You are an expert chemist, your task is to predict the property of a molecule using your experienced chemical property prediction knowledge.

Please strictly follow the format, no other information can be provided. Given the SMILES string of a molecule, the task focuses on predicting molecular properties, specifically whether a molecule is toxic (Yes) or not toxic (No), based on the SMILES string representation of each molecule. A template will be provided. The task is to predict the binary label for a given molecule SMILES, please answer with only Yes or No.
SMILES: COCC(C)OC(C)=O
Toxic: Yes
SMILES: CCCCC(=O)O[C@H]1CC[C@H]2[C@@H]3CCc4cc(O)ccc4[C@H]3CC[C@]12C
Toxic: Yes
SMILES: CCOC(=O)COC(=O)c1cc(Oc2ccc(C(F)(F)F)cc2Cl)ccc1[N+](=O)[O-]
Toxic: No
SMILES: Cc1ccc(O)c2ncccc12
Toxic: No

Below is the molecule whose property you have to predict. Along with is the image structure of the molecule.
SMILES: COc1ccccc1O
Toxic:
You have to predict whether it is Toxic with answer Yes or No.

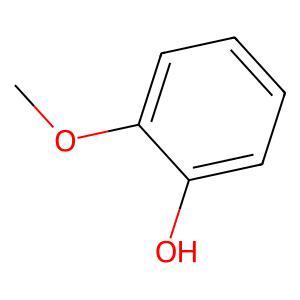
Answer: No